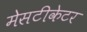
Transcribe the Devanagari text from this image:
मेसटीकेटर